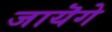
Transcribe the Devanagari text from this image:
जायॆगे